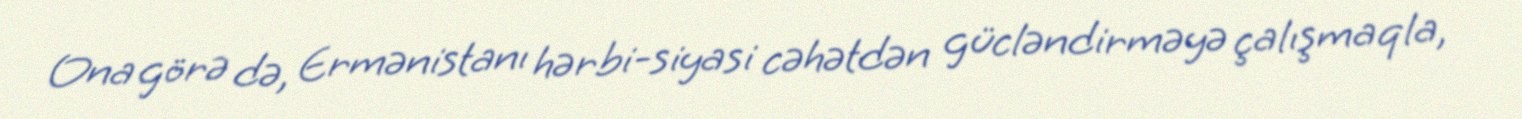
Ona görə də, Ermənistanı hərbi-siyasi cəhətdən gücləndirməyə çalışmaqla,